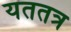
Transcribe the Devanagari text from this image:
यततत्र